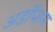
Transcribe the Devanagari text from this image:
अडॉप्शन